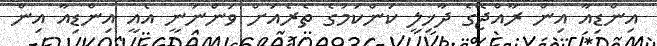
އިންޑިއާ އިން ރާއްޖޭގެ ދާޚިލީ ކަންކަމުގެ ތެރެއަށް ވަންނަނީ އެއީ އިންޑިއާ އިން